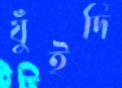
যুঁইদি